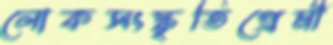
লোকসংস্কৃতিপ্রেমী